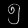
Digit: ၅